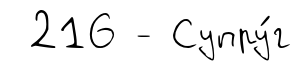
216 - Супру́г